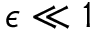
\epsilon \ll 1